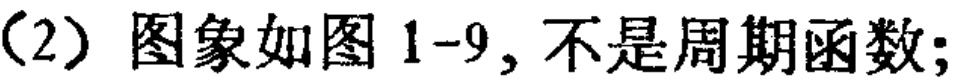
（2）图象如图 1-9, 不是周期函数;